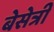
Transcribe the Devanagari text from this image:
बेसेत्री